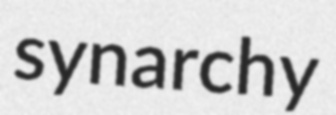
synarchy